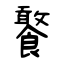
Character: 饏